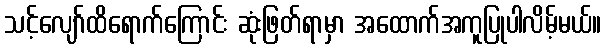
သင့်လျော်ထိရောက်ကြောင်း ဆုံးဖြတ်ရာမှာ အထောက်အကူပြုပါလိမ့်မယ်။